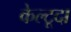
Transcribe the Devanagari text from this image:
केल्टूदा